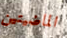
الماضيتين